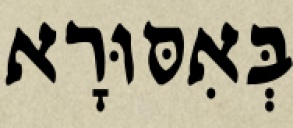
בְּאִסּוּרָא